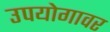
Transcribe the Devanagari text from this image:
उपयोगावर